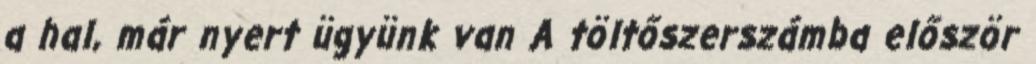
a hal, már nyert ügyünk van A töltőszerszámba először